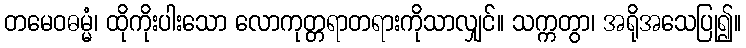
တမေဝဓမ္မံ၊ ထိုကိုးပါးသော လောကုတ္တရာတရားကိုသာလျှင်။ သက္ကတွာ၊ အရိုအသေပြု၍။